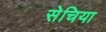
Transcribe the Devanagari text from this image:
सेचिया